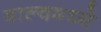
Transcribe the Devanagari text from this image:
वाल्वमध्ये